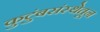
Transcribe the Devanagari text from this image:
कुटुंबसंस्थेतून